Rangoon Lunatic Asylum 1893-1897 - 1893-1897
Year: 1893
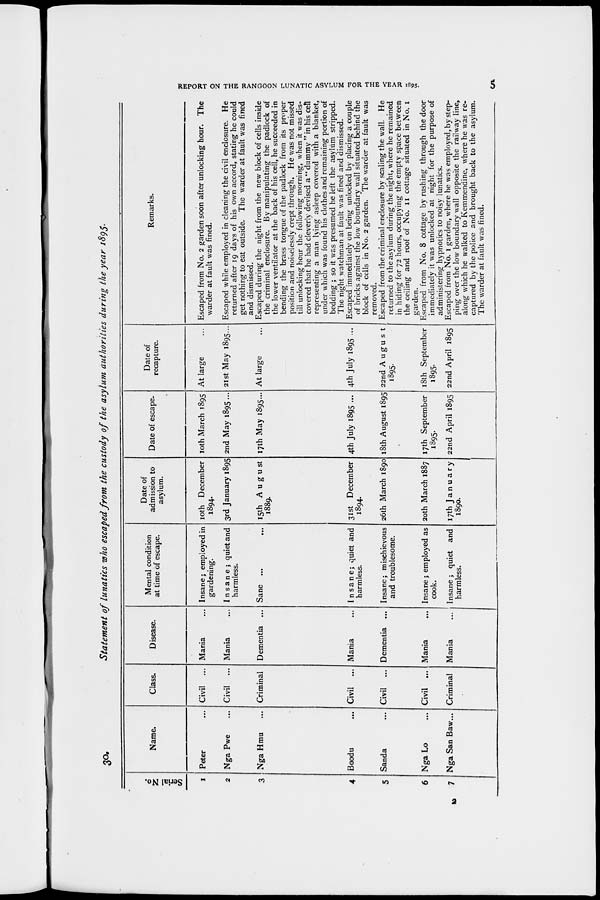
REPORT ON THE RANGOON LUNATIC ASYLUM FOR THE YEAR 1895.
5
30.
Statement of lunatics who escaped from the custody of the asylum authorities during the year 1895.
Serial No.
1
2
3
4
5
6
7
Name.
Peter ...
Nga Pwe ...
Nga Hmu ...
Boodu ...
Sanda ...
Nga Lo ...
Nga San Baw...
Class.
Civil ...
Civil ...
Criminal
Civil ...
Civil ...
Civil ...
Criminal
Disease.
Mania ...
Mania ...
Dementia ...
Mania ...
Dementia ...
Mania ...
Mania ...
Mental condition
at time of escape.
Insane; employed in
gardening.
Insane; quiet and
harmless.
Sane ...
...
Insane; quiet and
harmless.
Insane; mischievous
and troublesome.
Insane; employed as
cook.
Insane; quiet and
harmless.
Date of
admission to
asylum.
10th December
1894.
3rd January 1895
15th August
1889.
31st December
1894.
26th March 1890
20th March 1887
17th January
1890.
Date of escape.
10th March 1895
2nd May 1895...
17th May 1895...
4th July 1895 ...
18th August 1895
17th September
1895.
22nd April 1895
Date of
recapture.
At large ...
21st May 1895...
At large ...
4th July 1895 ...
22nd August
1895.
18th September
1895.
22nd April 1895
Remarks.
Escaped from No. 2 garden soon after unlocking hour. The
warder at fault was fined.
Escaped while employed in cleaning the civil enclosure. He
returned after 19 days of his own accord, stating he could
get nothing to eat outside. The warder at fault was fined
and dismissed.
Escaped during the night from the new block of cells inside
the criminal enclosure. By manipulating the padlock of
the lower ventilator at the back of his cell, he succeeded in
bending the brass tongue of the padlock from its proper
position and noiselessly crept through. He was not missed
till unlocking hour the following morning, when it was dis-
covered that he had cleverly devised a " dummy " in his cell
representing a man lying asleep covered with a blanket,
under which was found his clothes and remaining portion of
bedding ; so it was presumed he left the asylum stripped.
The night watchman at fault was fined and dismissed.
Escaped immediately on being unlocked by placing a couple
of bricks against the low boundary wall situated behind the
block of cells in No. 2 garden. The warder at fault was
removed.
Escaped from the criminal enclosure by scaling the wall. He
returned to the asylum during the night, where he remained
in hiding for 72 hours, occupying the empty space between
the ceiling and roof of No. 11 cottage situated in No. 1
garden.
Escaped from No. 8 cottage by rushing through the door
immediately it was unlocked at night for the purpose of
administering hypnotics to noisy lunatics.
Escaped from No. 1 garden, where he was employed, by step-
ping over the low boundary wall opposite the railway line,
along which he walked to Kemmendine, where he was re-
captured by the police and brought back to the asylum.
The warder at fault was fined.
2